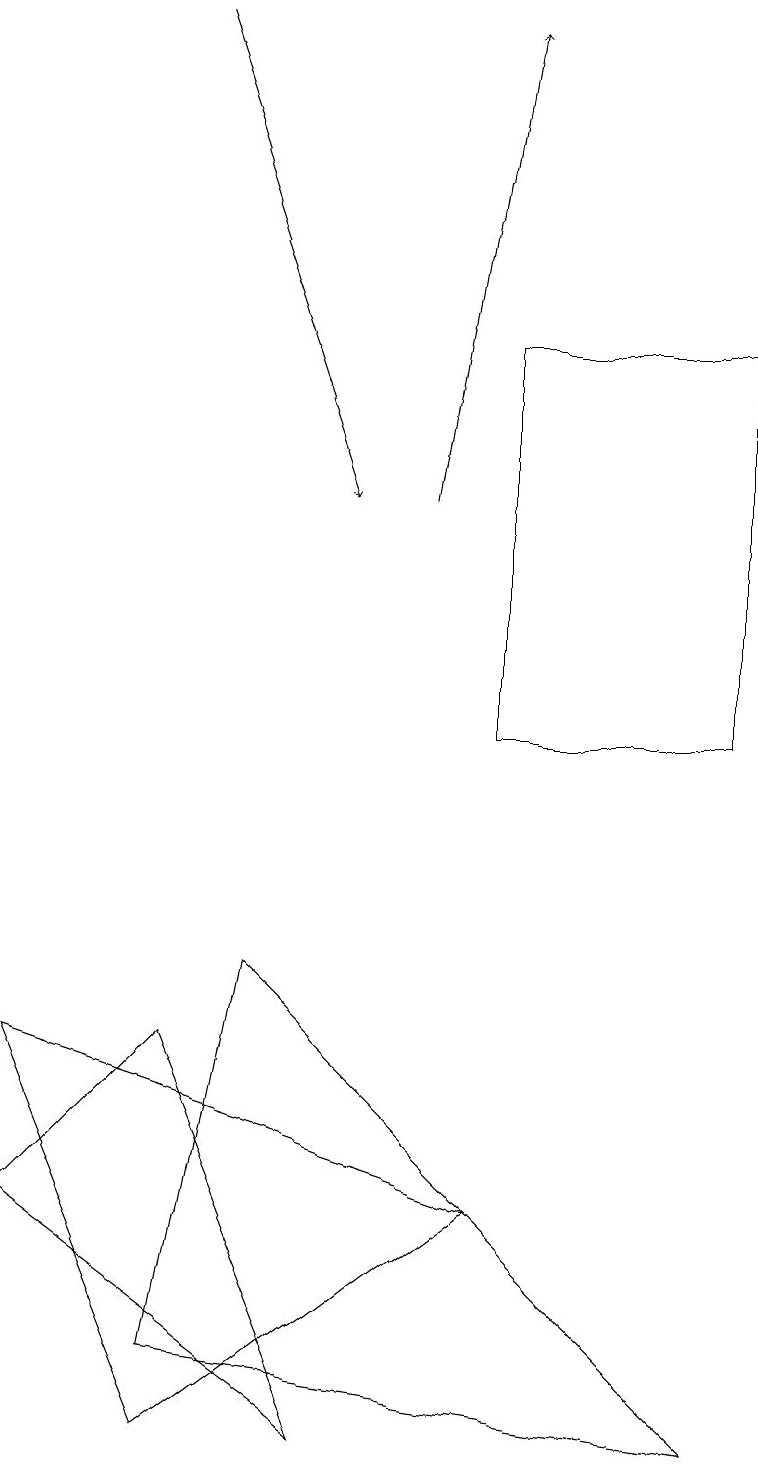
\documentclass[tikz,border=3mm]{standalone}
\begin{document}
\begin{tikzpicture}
\draw[->] (2,19) -- (4,13);
\draw (3,7) -- (9,1) -- (2,2) -- cycle;
\draw[->] (5,13) -- (6,19);
\draw (0,6) -- (6,4) -- (2,1) -- cycle;
\draw (6,15) rectangle (9,10);
\draw (0,4) -- (2,6) -- (4,1) -- cycle;
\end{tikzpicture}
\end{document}